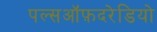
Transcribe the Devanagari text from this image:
पल्सऑफ़दरेडियो